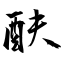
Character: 酜